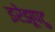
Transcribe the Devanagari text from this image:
इरेझूपटु